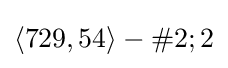
\langle 729,54\rangle -\#2;2